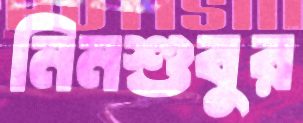
নিনশুবুর